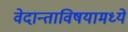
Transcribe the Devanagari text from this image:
वेदान्ताविषयामध्ये